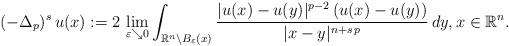
LaTeX: \begin{align*}(- \Delta_p)^s\, u(x):= 2\, \lim_{\varepsilon \searrow 0} \int_{\mathbb{R}^n \setminus B_\varepsilon(x)}\frac{|u(x) - u(y)|^{p-2}\, (u(x) - u(y))}{|x - y|^{n+s\,p}}\, dy, x \in \mathbb{R}^n.\end{align*}